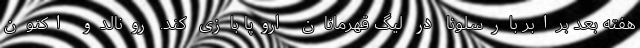
هفته بعد برابر بارسلونا در لیگ قهرمانان اروپا بازی کند. رونالدو اکنون